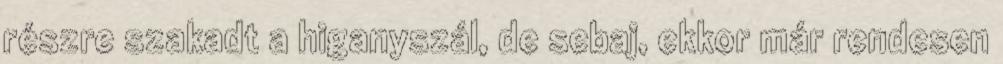
részre szakadt a higanyszál, de sebaj, ekkor már rendesen